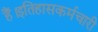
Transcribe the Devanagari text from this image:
हैं।इतिहासकर्मचारी